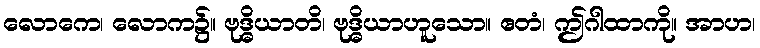
လောကေ၊ လောက၌။ ဗုဒ္ဓိယာတိ၊ ဗုဒ္ဓိယာဟူသော။ ဧတံ၊ ဤဂါထာကို။ အာဟ၊